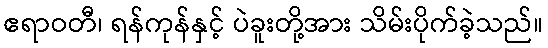
ဧရာဝတီ၊ ရန်ကုန်နှင့် ပဲခူးတို့အား သိမ်းပိုက်ခဲ့သည်။